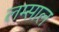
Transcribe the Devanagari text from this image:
लम्साल